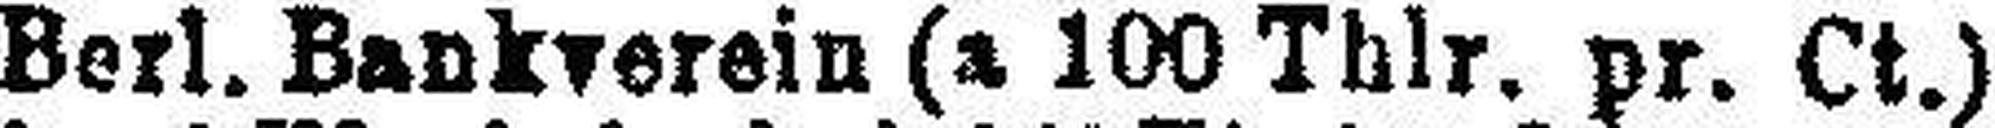
Berl. Bankverein (a 100 Thlr. pr. Ct.)